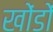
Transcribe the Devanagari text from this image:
खोंडों